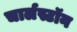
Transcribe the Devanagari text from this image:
चार्लस्टॉन